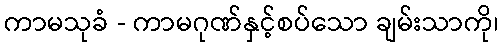
ကာမသုခံ - ကာမဂုဏ်နှင့်စပ်သော ချမ်းသာကို၊